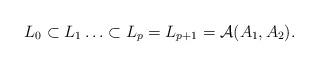
LaTeX: \begin{align*}L_0 \subset L_1 \ldots \subset L_p = L_{p+1} = \mathcal{A}(A_1, A_2).\end{align*}